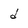
Character: d